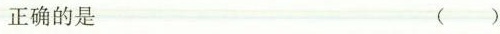
正确的是 ( )